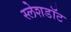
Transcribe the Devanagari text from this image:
स्लेशडॉट